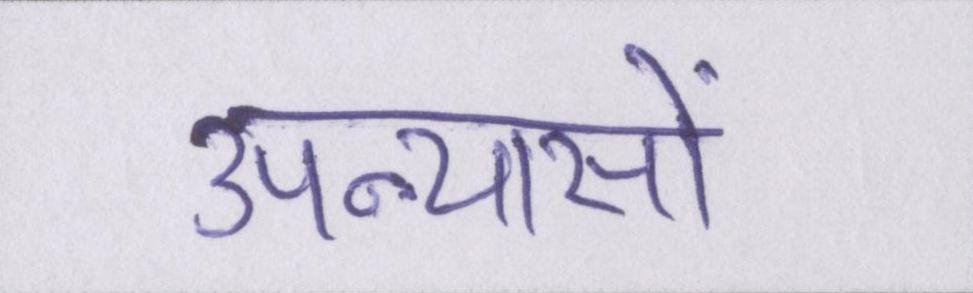
उपन्यासों